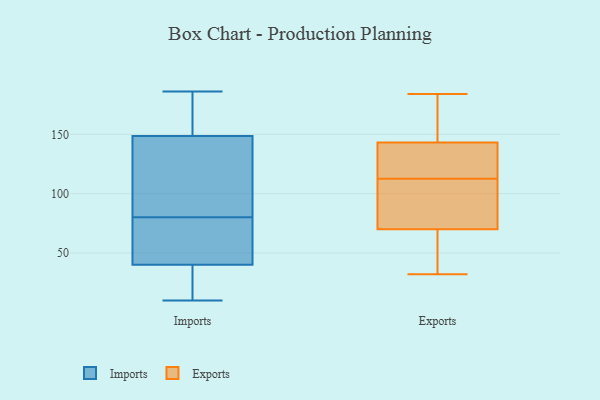
{"axis": {"x": "Market Share (%)", "y": "Value"}, "legend": ["Exports", "Imports"], "data": [{"x": "", "y": 26, "type": "Imports"}, {"x": "", "y": 61, "type": "Imports"}, {"x": "", "y": 27, "type": "Imports"}, {"x": "", "y": 10, "type": "Imports"}, {"x": "", "y": 10, "type": "Imports"}, {"x": "", "y": 145, "type": "Imports"}, {"x": "", "y": 163, "type": "Imports"}, {"x": "", "y": 134, "type": "Imports"}, {"x": "", "y": 53, "type": "Imports"}, {"x": "", "y": 130, "type": "Imports"}, {"x": "", "y": 71, "type": "Imports"}, {"x": "", "y": 54, "type": "Imports"}, {"x": "", "y": 186, "type": "Imports"}, {"x": "", "y": 152, "type": "Imports"}, {"x": "", "y": 186, "type": "Imports"}, {"x": "", "y": 89, "type": "Imports"}, {"x": "", "y": 70, "type": "Exports"}, {"x": "", "y": 77, "type": "Exports"}, {"x": "", "y": 184, "type": "Exports"}, {"x": "", "y": 147, "type": "Exports"}, {"x": "", "y": 40, "type": "Exports"}, {"x": "", "y": 112, "type": "Exports"}, {"x": "", "y": 143, "type": "Exports"}, {"x": "", "y": 32, "type": "Exports"}, {"x": "", "y": 113, "type": "Exports"}, {"x": "", "y": 119, "type": "Exports"}]}